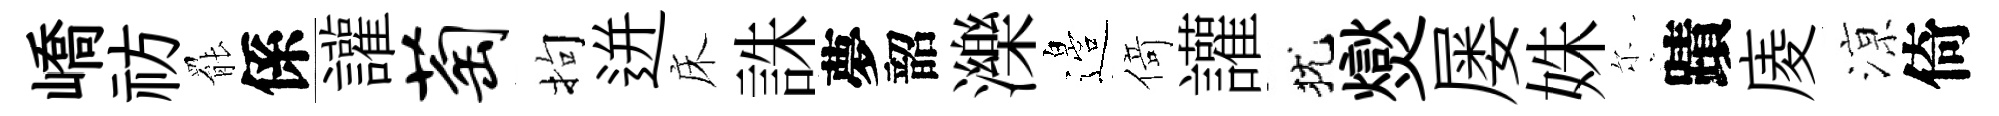
嶠祊罷係讙萄拘迸床誅夢韶濼邉𠋣讙犹爕屡姝尓蹟庱鿌倚